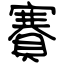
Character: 賽